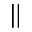
\|